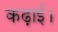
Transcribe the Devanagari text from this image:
कढ़ाई।